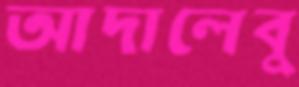
আদালেবু